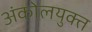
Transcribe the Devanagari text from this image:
अंकोलयुक्त